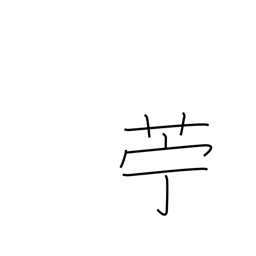
Meaning: flax